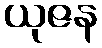
ယုဇန